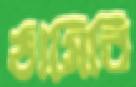
ঠাসিবি